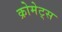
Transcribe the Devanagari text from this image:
क्रोमेट्स